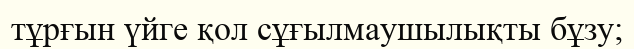
тұрғын үйге қол сұғылмаушылықты бұзу;